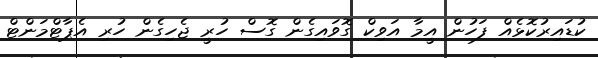
ކުޑައިރުކޮޅެއް ފަހުން އީމާ އަވިކް ގޮވައިގެން ގޮސް ހުރީ ޖެހިގެން ހުރި އެޕާޓްމަންޓް